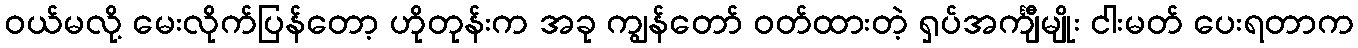
ဝယ်မလို့ မေးလိုက်ပြန်တော့ ဟိုတုန်းက အခု ကျွန်တော် ဝတ်ထားတဲ့ ရှပ်အင်္ကျီမျိုး ငါးမတ် ပေးရတာက